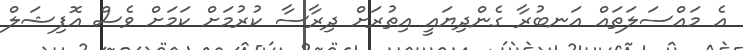
އެ މައްސަލަތައް އަނބުރާ ގެންދިޔައީ އިތުރަށް ދިރާސާ ކުރުމަށް ކަމަށް ވެސް އޮފިޝަލް